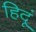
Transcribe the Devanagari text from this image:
हिदूं